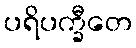
ပရိပက္ခီတေ